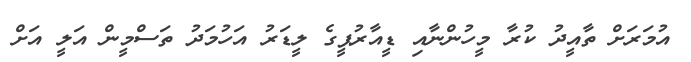
އުމަރަށް ތާއީދު ކުރާ މީހުންނާއި ޑީއާރުޕީގެ ލީޑަރު އަހުމަދު ތަސްމީން އަލީ އަށް